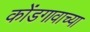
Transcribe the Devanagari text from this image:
कोंडगावाच्या